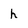
Character: h